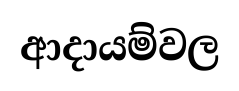
ආදායම්වල